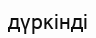
дүркінді